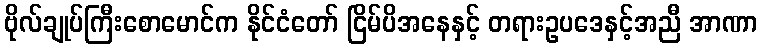
ဗိုလ်ချုပ်ကြီးစောမောင်က နိုင်ငံတော် ငြိမ်ပိအနေနှင့် တရားဥပဒေနှင့်အညီ အာဏာ